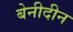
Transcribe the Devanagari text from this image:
बेनीदीन